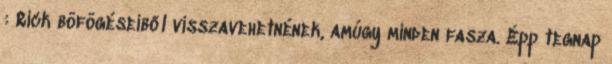
: Rick böfögéseiből visszavehetnének, amúgy minden fasza. Épp tegnap